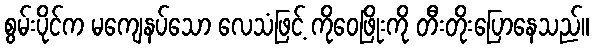
စွမ်းပိုင်က မကျေနပ်သော လေသံဖြင့် ကိုဝေဖြိုးကို တီးတိုးပြောနေသည်။